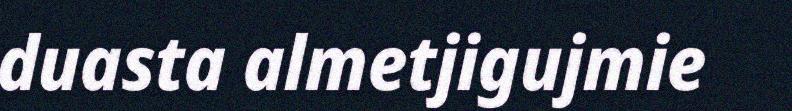
duasta almetjigujmie